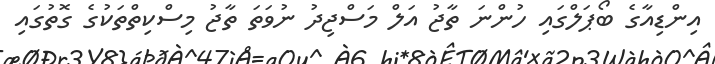
އިންޑިއާގެ ބޯޕަލްގައި ހުންނަ ތާޖު އަލް މަސްޖިދު ނުވަތަ ތާޖު މިސްކިތްތަކުގެ ގޮތުގައި